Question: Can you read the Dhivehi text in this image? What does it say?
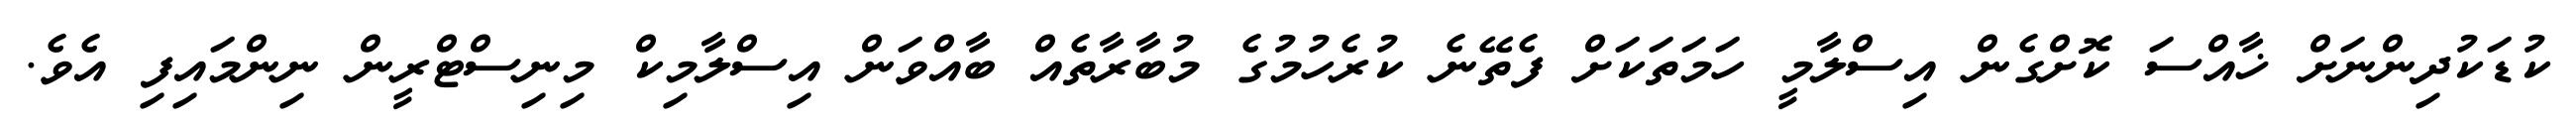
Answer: ކުޑަކުދިންނަށް ޚާއްސަ ކޮށްގެން އިސްލާމީ ހަމަތަކަށް ފެތޭނެ ކުރެހުމުގެ މުބާރާތެއް ބާއްވަން އިސްލާމިކް މިނިސްޓްރީން ނިންމައިފި އެވެ.